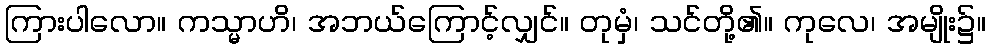
ကြားပါလော။ ကသ္မာဟိ၊ အဘယ်ကြောင့်လျှင်။ တုမှံ၊ သင်တို့၏။ ကုလေ၊ အမျိုး၌။